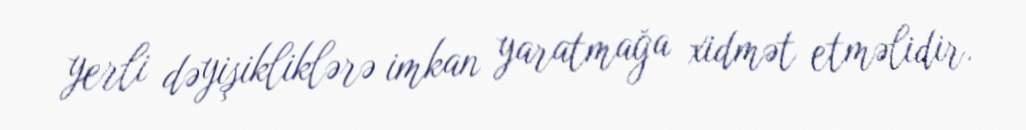
yerli dəyişikliklərə imkan yaratmağa xidmət etməlidir.